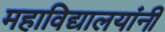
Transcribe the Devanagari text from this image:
महाविद्यालयांनी